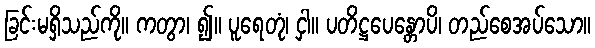
ခြင်းမရှိသည်ကို။ ကတွာ၊ ၍။ ပူရေတုံ၊ ငှါ။ ပတိဋ္ဌပေန္တောပိ၊ တည်စေအပ်သော။